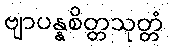
ဗျာပန္နစိတ္တသုတ္တံ